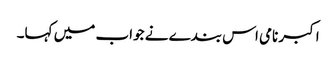
اکبر نامی اس بندے نے جواب میں کہا۔